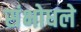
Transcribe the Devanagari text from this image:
संभोधले